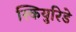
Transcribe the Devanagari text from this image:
स्कियुरिडे